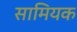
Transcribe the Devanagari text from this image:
सामियक